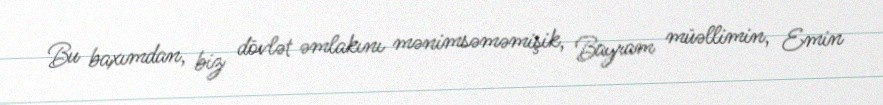
Bu baxımdan, biz dövlət əmlakını mənimsəməmişik, Bayram müəllimin, Emin